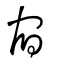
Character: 宿